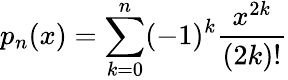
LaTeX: p_{n}(x)=\sum_{k=0}^{n}(-1)^{k}{\frac{x^{2k}}{(2k)!}}